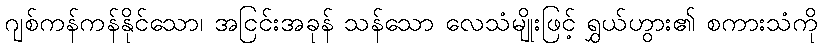
ဂျစ်ကန်ကန်နိုင်သော၊ အငြင်းအခုန် သန်သော လေသံမျိုးဖြင့် ရွှယ်ဟွား၏ စကားသံကို